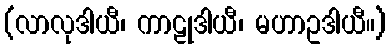
(လာလုဒါယီ၊ ကာဠုဒါယီ၊ မဟာဥဒါယီ။)